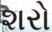
શરો